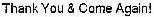
THANK YOU & COME AGAIN!